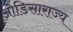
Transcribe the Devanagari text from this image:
ओडिसाराज्य